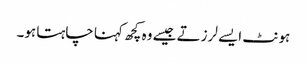
ہونٹ ایسے لرزتے جیسے وہ کچھ کہنا چاہتا ہو۔